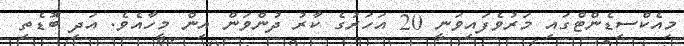
މިއެކްސިޑެންޓްގައި މަރުވެފައިވަނީ 20 އަހަރުގެ ކާރު ދުންވަން އިން މީހާއެވެ. އަދި ބޮޑެތި